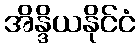
အိန္ဒိယနိုင်ငံ